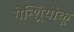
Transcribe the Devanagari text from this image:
गेन्शिर्‍योकू